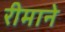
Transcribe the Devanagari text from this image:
रीमाने